Lunatic asylums Madras 1877-1891 - 1877-1891
Year: 1877
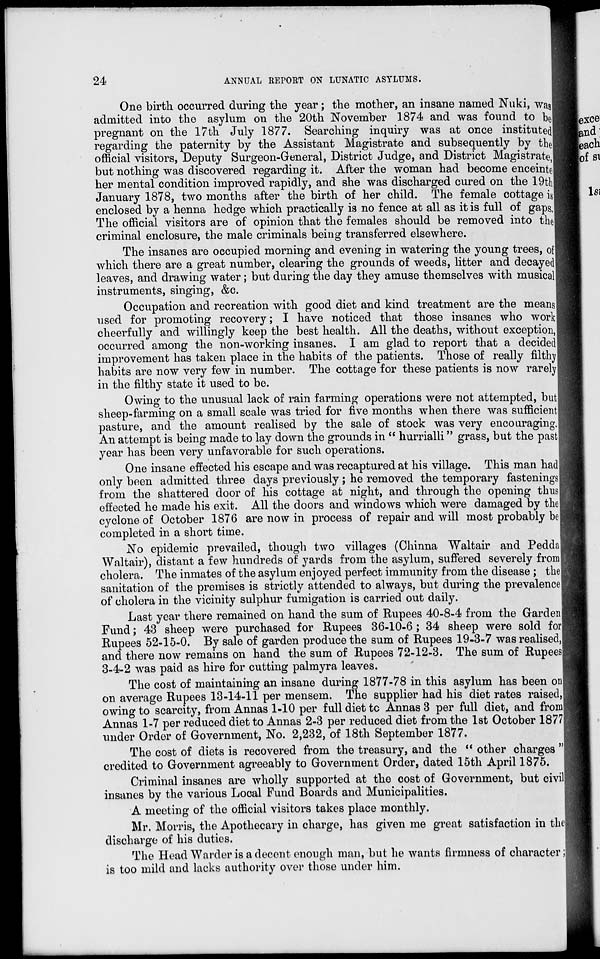
24
ANNUAL REPORT ON LUNATIC ASYLUMS.
One birth occurred during the year; the mother, an insane named Nuki, was
admitted into the asylum on the 20th November 1874 and was found to be
pregnant on the 17th July 1877. Searching inquiry was at once instituted
regarding the paternity by the Assistant Magistrate and subsequently by the
official visitors, Deputy Surgeon-General, District Judge, and District Magistrate,
but nothing was discovered regarding it. After the woman had become enceinte
her mental condition improved rapidly, and she was discharged cured on the 19th
January 1878, two months after the birth of her child. The female cottage is
enclosed by a henna hedge which practically is no fence at all as it is full of gaps.
The official visitors are of opinion that the females should be removed into the
criminal enclosure, the male criminals being transferred elsewhere.
The insanes are occupied morning and evening in watering the young trees, of
which there are a great number, clearing the grounds of weeds, litter and decayed
leaves, and drawing water; but during the day they amuse themselves with musical
instruments, singing, &c.
Occupation and recreation with good diet and kind treatment are the means
used for promoting recovery; I have noticed that those insanes who work
cheerfully and willingly keep the best health. All the deaths, without exception,
occurred among the non-working insanes. I am glad to report that a decided
improvement has taken place in the habits of the patients. Those of really filthy
habits are now very few in number. The cottage for these patients is now rarely
in the filthy state it used to be.
Owing to the unusual lack of rain farming operations were not attempted, but
sheep-farming on a small scale was tried for five months when there was sufficient
pasture, and the amount realised by the sale of stock was very encouraging.
An attempt is being made to lay down the grounds in " hurrialli" grass, but the past
year has been very unfavorable for such operations.
One insane effected his escape and was recaptured at his village. This man had
only been admitted three days previously; he removed the temporary fastenings
from the shattered door of his cottage at night, and through the opening thus
effected he made his exit. All the doors and windows which were damaged by the
cyclone of October 1876 are now in process of repair and will most probably be
completed in a short time.
No epidemic prevailed, though two villages (Chinna Waltair and Pedda
Waltair), distant a few hundreds of yards from the asylum, suffered severely from
cholera. The inmates of the asylum enjoyed perfect immunity from the disease; the
sanitation of the premises is strictly attended to always, but during the prevalence
of cholera in the vicinity sulphur fumigation is carried out daily.
Last year there remained on hand the sum of Rupees 40-8-4 from the Garden
Fund; 43 sheep were purchased for Rupees 36-10-6; 34 sheep were sold for
Rupees 52-15-0. By sale of garden produce the sum of Rupees 19-3-7 was realised,
and there now remains on hand the sum of Rupees 72-12-3. The sum of Rupees
3-4-2 was paid as hire for cutting palmyra leaves.
The cost of maintaining an insane during 1877-78 in this asylum has been on
on average Rupees 13-14-11 per mensem. The supplier had his diet rates raised,
owing to scarcity, from Annas 1-10 per full diet to Annas 3 per full diet, and from
Annas 1-7 per reduced diet to Annas 2-3 per reduced diet from the 1st October 1877
under Order of Government, No. 2,232, of 18th September 1877.
The cost of diets is recovered from the treasury, and the " other charges "
credited to Government agreeably to Government Order, dated 15th April 1875.
Criminal insanes are wholly supported at the cost of Government, but civil
insanes by the various Local Fund Boards and Municipalities.
A meeting of the official visitors takes place monthly.
Mr. Morris, the Apothecary in charge, has given me great satisfaction in the
discharge of his duties.
The Head Warder is a decent enough man, but he wants firmness of character;
is too mild and lacks authority over those under him.